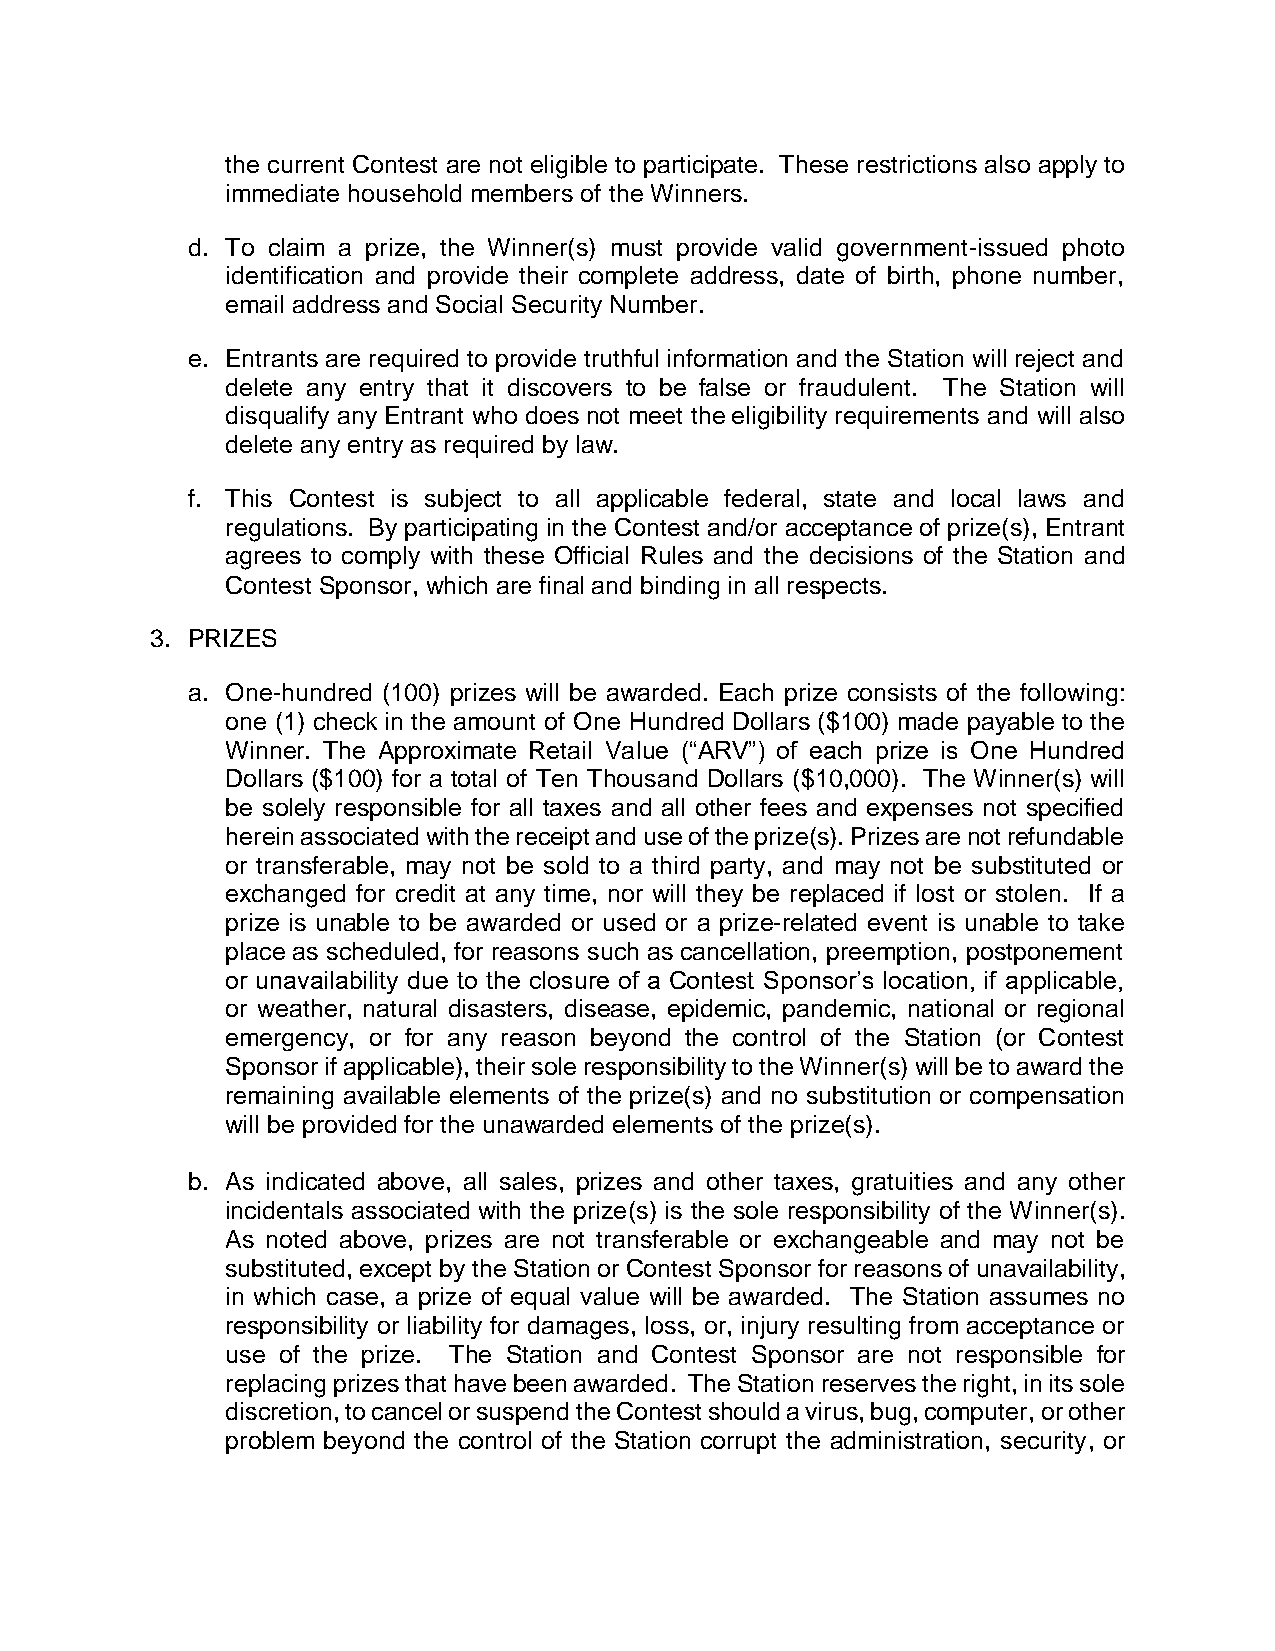
the current Contest are not eligible to participate. These restrictions also apply to
 immediate household members of the Winners.
 d. To claim a prize, the Winner(s) must provide valid government-issued photo
 identification and provide their complete address, date of birth, phone number,
 email address and Social Security Number.
 e. Entrants are required to provide truthful information and the Station will reject and
 delete any entry that it discovers to be false or fraudulent. The Station will
 disqualify any Entrant who does not meet the eligibility requirements and will also
 delete any entry as required by law.
 f. This Contest is subject to all applicable federal, state and local laws and
 regulations. By participating in the Contest and/or acceptance of prize(s), Entrant
 agrees to comply with these Official Rules and the decisions of the Station and
 Contest Sponsor, which are final and binding in all respects.
 3. PRIZES
 a. One-hundred (100) prizes will be awarded. Each prize consists of the following:
 one (1) check in the amount of One Hundred Dollars ($100) made payable to the
 Winner. The Approximate Retail Value (“ARV”) of each prize is One Hundred
 Dollars ($100) for a total of Ten Thousand Dollars ($10,000). The Winner(s) will
 be solely responsible for all taxes and all other fees and expenses not specified
 herein associated with the receipt and use of the prize(s). Prizes are not refundable
 or transferable, may not be sold to a third party, and may not be substituted or
 exchanged for credit at any time, nor will they be replaced if lost or stolen. If a
 prize is unable to be awarded or used or a prize-related event is unable to take
 place as scheduled, for reasons such as cancellation, preemption, postponement
 or unavailability due to the closure of a Contest Sponsor’s location, if applicable,
 or weather, natural disasters, disease, epidemic, pandemic, national or regional
 emergency, or for any reason beyond the control of the Station (or Contest
 Sponsor if applicable), their sole responsibility to the Winner(s) will be to award the
 remaining available elements of the prize(s) and no substitution or compensation
 will be provided for the unawarded elements of the prize(s).
 b. As indicated above, all sales, prizes and other taxes, gratuities and any other
 incidentals associated with the prize(s) is the sole responsibility of the Winner(s).
 As noted above, prizes are not transferable or exchangeable and may not be
 substituted, except by the Station or Contest Sponsor for reasons of unavailability,
 in which case, a prize of equal value will be awarded. The Station assumes no
 responsibility or liability for damages, loss, or, injury resulting from acceptance or
 use of the prize. The Station and Contest Sponsor are not responsible for
 replacing prizes that have been awarded. The Station reserves the right, in its sole
 discretion, to cancel or suspend the Contest should a virus, bug, computer, or other
 problem beyond the control of the Station corrupt the administration, security, or